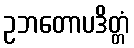
ဥဘတောပဒိတ္တံ